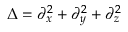
\Delta = \partial _ { x } ^ { 2 } + \partial _ { y } ^ { 2 } + \partial _ { z } ^ { 2 }